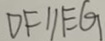
D F / / E G